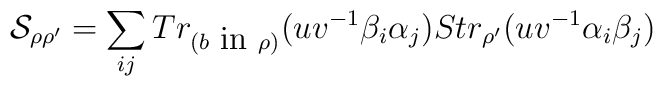
{\cal S}_{\rho\rho'}=\sum_{ij}Tr_{(b\mbox{ in }\rho)}(uv^{-1}\beta_{i}\alpha_{j})Str_{\rho'}(uv^{-1}\alpha_{i}\beta_{j})